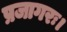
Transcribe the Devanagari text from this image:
प्रजागरः।